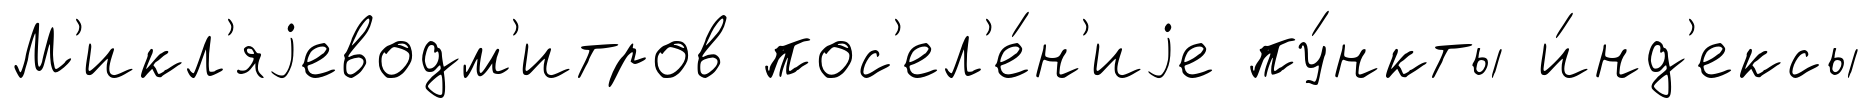
М'икл'яjеводм'итров пос'ел'е́н'иjе пу́нкты и́нд'ексы